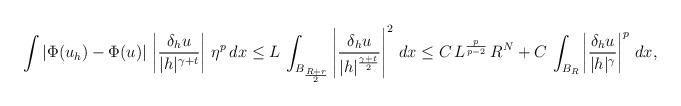
LaTeX: \begin{align*}\int |\Phi(u_h)-\Phi(u)|\, \left|\frac{\delta_h u}{|h|^{\gamma+t}}\right|\,\eta^p\,dx&\le L\, \int_{B_\frac{R+r}{2}} \left|\frac{\delta_h u}{|h|^\frac{\gamma+t}{2}}\right|^2\,dx\le C\,L^\frac{p}{p-2}\,R^{N}+C\,\int_{B_R} \left|\frac{\delta_h u}{|h|^\gamma}\right|^p\,dx,\end{align*}